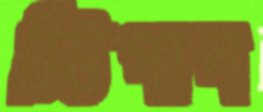
স্টিপান